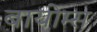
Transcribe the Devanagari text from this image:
बायोम्स